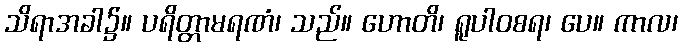
သိရာအခါ၌။ ပရိတ္တာမရဏံ၊ သည်။ ဟောတိ၊ ရူပါဝစရ၊ ပေ။ ကာလ၊